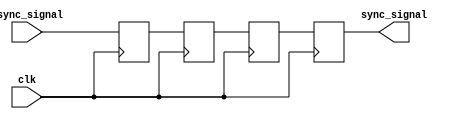
module triple_ff_synchronizer (
    input wire async_signal, // Asynchronous input signal
    input wire clk,          // Clock signal of the target synchronous domain
    output reg sync_signal   // Synchronized output signal
);

// Internal flip-flop registers
reg ff1;
reg ff2;
reg ff3;

// Sequential logic for the triple flip-flops
always @(posedge clk) begin
    ff1 <= async_signal;  // First flip-flop captures the asynchronous signal
    ff2 <= ff1;           // Second flip-flop captures the output of the first
    ff3 <= ff2;           // Third flip-flop captures the output of the second
end

// The synchronized output signal is the output of the third flip-flop
always @(posedge clk) begin
    sync_signal <= ff3;   // Assign the final synchronized signal
end

endmodule